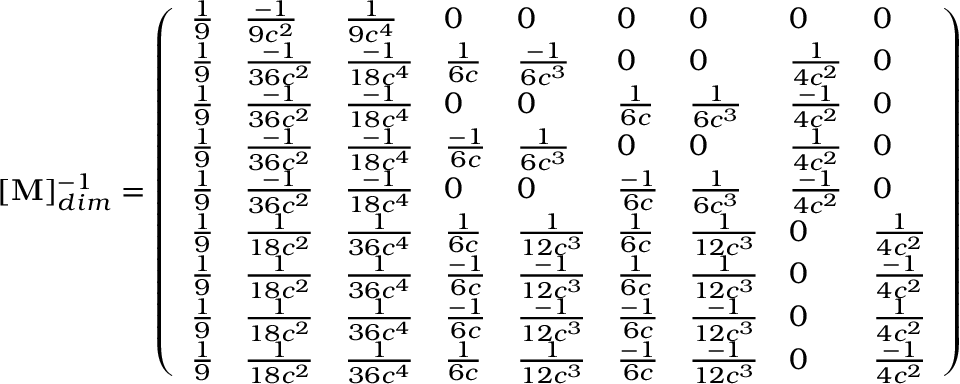
[ \mathbf { M } ] _ { d i m } ^ { - 1 } = \left( \begin{array} { l l l l l l l l l } { \frac { 1 } { 9 } } & { \frac { - 1 } { 9 c ^ { 2 } } } & { \frac { 1 } { 9 c ^ { 4 } } } & { 0 } & { 0 } & { 0 } & { 0 } & { 0 } & { 0 } \\ { \frac { 1 } { 9 } } & { \frac { - 1 } { 3 6 c ^ { 2 } } } & { \frac { - 1 } { 1 8 c ^ { 4 } } } & { \frac { 1 } { 6 c } } & { \frac { - 1 } { 6 c ^ { 3 } } } & { 0 } & { 0 } & { \frac { 1 } { 4 c ^ { 2 } } } & { 0 } \\ { \frac { 1 } { 9 } } & { \frac { - 1 } { 3 6 c ^ { 2 } } } & { \frac { - 1 } { 1 8 c ^ { 4 } } } & { 0 } & { 0 } & { \frac { 1 } { 6 c } } & { \frac { 1 } { 6 c ^ { 3 } } } & { \frac { - 1 } { 4 c ^ { 2 } } } & { 0 } \\ { \frac { 1 } { 9 } } & { \frac { - 1 } { 3 6 c ^ { 2 } } } & { \frac { - 1 } { 1 8 c ^ { 4 } } } & { \frac { - 1 } { 6 c } } & { \frac { 1 } { 6 c ^ { 3 } } } & { 0 } & { 0 } & { \frac { 1 } { 4 c ^ { 2 } } } & { 0 } \\ { \frac { 1 } { 9 } } & { \frac { - 1 } { 3 6 c ^ { 2 } } } & { \frac { - 1 } { 1 8 c ^ { 4 } } } & { 0 } & { 0 } & { \frac { - 1 } { 6 c } } & { \frac { 1 } { 6 c ^ { 3 } } } & { \frac { - 1 } { 4 c ^ { 2 } } } & { 0 } \\ { \frac { 1 } { 9 } } & { \frac { 1 } { 1 8 c ^ { 2 } } } & { \frac { 1 } { 3 6 c ^ { 4 } } } & { \frac { 1 } { 6 c } } & { \frac { 1 } { 1 2 c ^ { 3 } } } & { \frac { 1 } { 6 c } } & { \frac { 1 } { 1 2 c ^ { 3 } } } & { 0 } & { \frac { 1 } { 4 c ^ { 2 } } } \\ { \frac { 1 } { 9 } } & { \frac { 1 } { 1 8 c ^ { 2 } } } & { \frac { 1 } { 3 6 c ^ { 4 } } } & { \frac { - 1 } { 6 c } } & { \frac { - 1 } { 1 2 c ^ { 3 } } } & { \frac { 1 } { 6 c } } & { \frac { 1 } { 1 2 c ^ { 3 } } } & { 0 } & { \frac { - 1 } { 4 c ^ { 2 } } } \\ { \frac { 1 } { 9 } } & { \frac { 1 } { 1 8 c ^ { 2 } } } & { \frac { 1 } { 3 6 c ^ { 4 } } } & { \frac { - 1 } { 6 c } } & { \frac { - 1 } { 1 2 c ^ { 3 } } } & { \frac { - 1 } { 6 c } } & { \frac { - 1 } { 1 2 c ^ { 3 } } } & { 0 } & { \frac { 1 } { 4 c ^ { 2 } } } \\ { \frac { 1 } { 9 } } & { \frac { 1 } { 1 8 c ^ { 2 } } } & { \frac { 1 } { 3 6 c ^ { 4 } } } & { \frac { 1 } { 6 c } } & { \frac { 1 } { 1 2 c ^ { 3 } } } & { \frac { - 1 } { 6 c } } & { \frac { - 1 } { 1 2 c ^ { 3 } } } & { 0 } & { \frac { - 1 } { 4 c ^ { 2 } } } \end{array} \right)